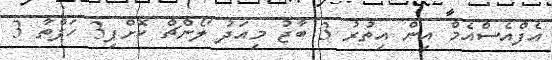
އެފްއެސްއެމް އިން އިތުރު 3 ބާޖު މިއަދު ލޯންޗް ކޮށްފި3 ހަފްތާ 3